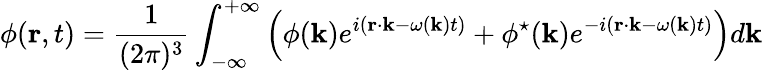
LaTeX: \phi({\mathbf r},t)=\frac{1}{(2\pi)^{3}}\int_{-\infty}^{+\infty}\left(\phi({\mathbf k})e^{i({\mathbf r}\cdot{\mathbf k}-\omega({\mathbf k})t)}+\phi^{\star}({\mathbf k})e^{-i({\mathbf r}\cdot{\mathbf k}-\omega({\mathbf k})t)}\right)d{\mathbf k}